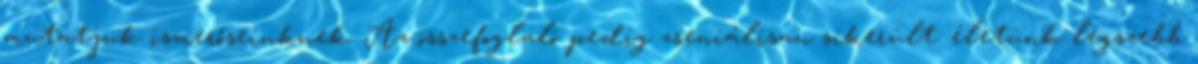
mutatjuk ismerőseinknek. Az összefoglaló pedig zseniálisan sikerült: életünk legszebb